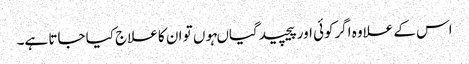
اس کے علاوہ اگرکوئی اور پیچیدگیاںہوں تو ان کا علاج کیا جاتا ہے۔